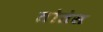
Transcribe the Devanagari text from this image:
तोतेस